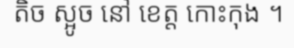
តិច ស្អូច នៅ ខេត្ត កោះកុង ។